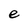
Character: e